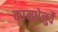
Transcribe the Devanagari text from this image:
कामधेनुर्वै